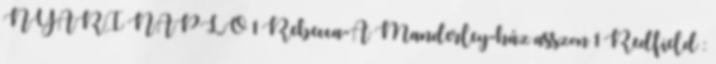
NYÁRI NAPLÓ 1 Rebecca-A Manderley-ház asszon 1 Redfield :